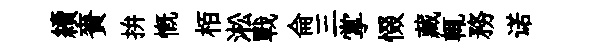
續賚拚慨栢淞戰侖三掌惙藏輒務诺